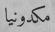
مكدونيا